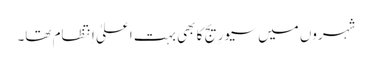
شہروں میں سیورِیج کا بھی بہت اعلیٰ اِنتظام تھا۔